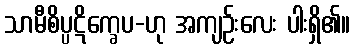
သာမီစိပ္ပဋိက္ခေပ-ဟု အကျဉ်းလေး ပါးရှိ၏။